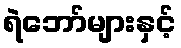
ရဲဘော်များနှင့်